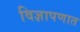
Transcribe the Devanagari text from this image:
विज्ञापणात